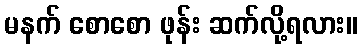
မနက် စောစော ဖုန်း ဆက်လို့ရလား။